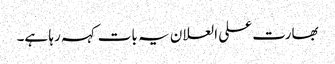
بھارت علی العلان یہ بات کہہ رہا ہے۔